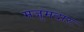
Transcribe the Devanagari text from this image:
मजुमदारः